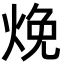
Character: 𬊕